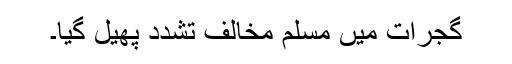
گجرات میں مسلم مخالف تشدد پھیل گیا۔